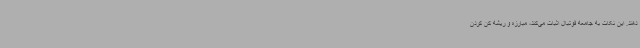
دهند. این نکات به جامعه فوتبال اثبات می‌کند، مبارزه و ریشه کن کردن